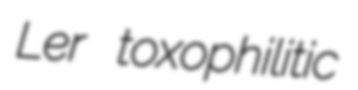
Ler toxophilitic